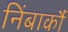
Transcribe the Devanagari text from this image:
निंबार्कौ